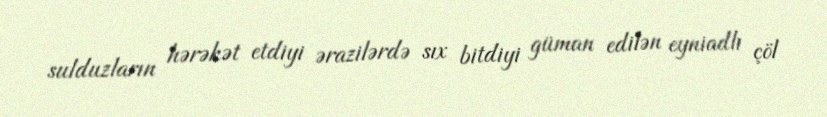
sulduzların hərəkət etdiyi ərazilərdə sıx bitdiyi güman edilən eyniadlı çöl